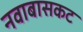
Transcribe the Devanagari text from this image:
नवाबासकट